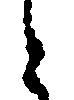
と